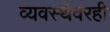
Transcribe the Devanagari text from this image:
व्यवस्थेवरही